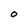
Character: O